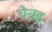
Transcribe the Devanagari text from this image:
चेन्नइ